Indian journal of veterinary science and animal husbandry - Volume 6,
Year: 1936
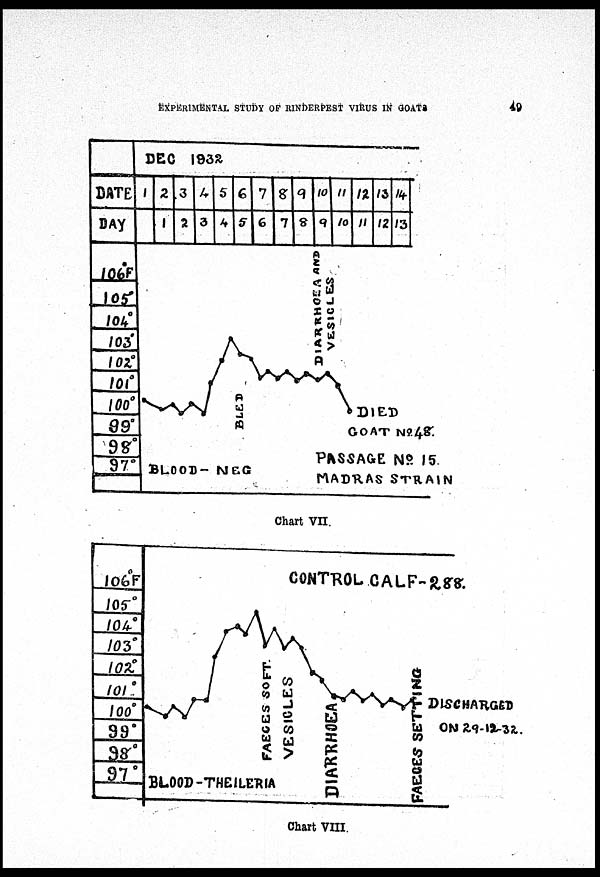
EXPERIMENTAL STUDY OF RINDERPEST VIRUS IN
GOATS
49
Chart VII.
Chart VIII.